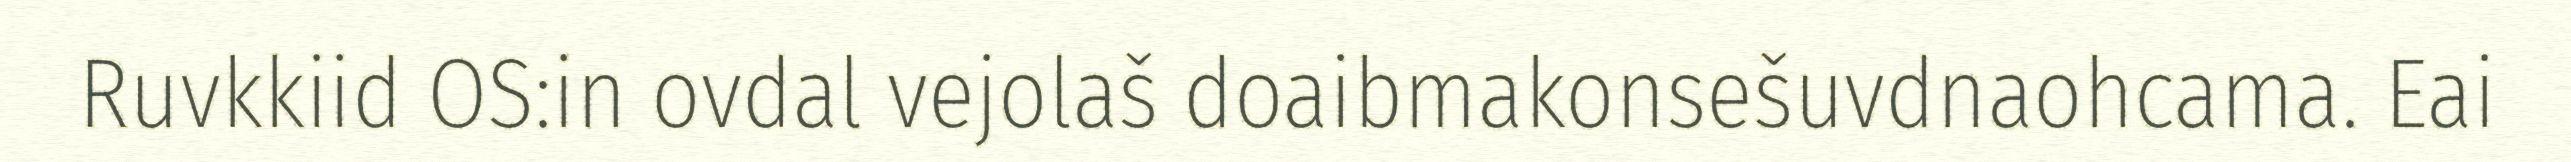
Ruvkkiid OS:in ovdal vejolaš doaibmakonsešuvdnaohcama. Eai